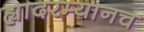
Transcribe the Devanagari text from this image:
ह्यादरम्यानच